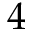
4